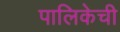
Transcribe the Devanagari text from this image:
पालिकेची